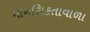
માનસિકતાવાળા